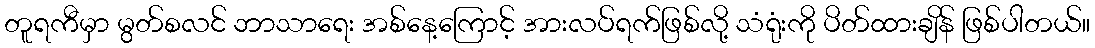
တူရကီမှာ မွတ်စလင် ဘာသာရေး အစ်နေ့ကြောင့် အားလပ်ရက်ဖြစ်လို့ သံရုံးကို ပိတ်ထားချိန် ဖြစ်ပါတယ်။